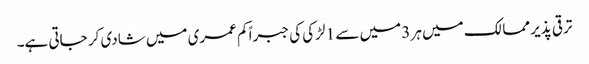
ترقی پذیر ممالک میں ہر 3 میں سے 1 لڑکی کی جبراً کم عمری میں شادی کر جاتی ہے۔